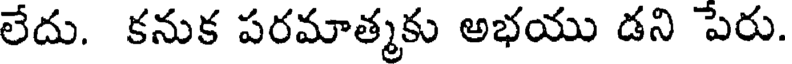
లేదు. కనుక పరమాత్మకు అభయు డని పేరు.